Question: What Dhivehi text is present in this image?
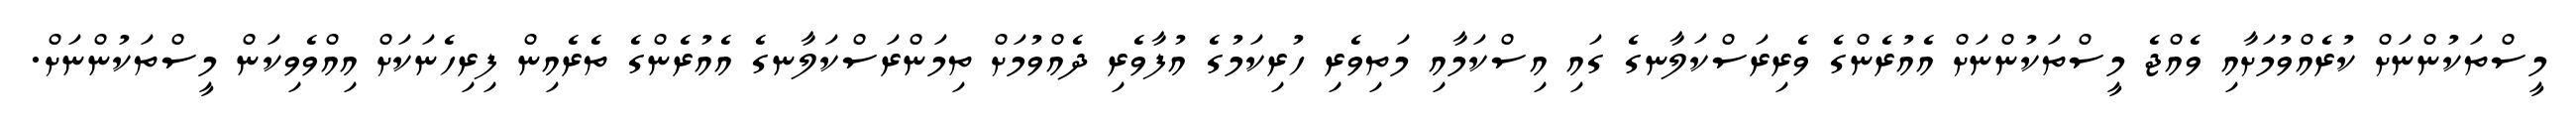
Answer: މީސްތަކުންނަށް ކުރެއްވުމަށާއި ވެއްޖެ މީސްތަކުންނަށް އެއުރެންގެ ވެރިރަސްކަލާނގެ ގައި އިސްކަމާއި މަތިވެރި ހުރިކަމުގެ އުފާވެރި ދެއްވުމަށް ތިމަންރަސްކަލާނގެ އެއުރެންގެ ތެރެއިން ފިރިހެނަކަށް އިއްވެވިކަން މީސްތަކުންނަށް.